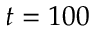
t = 1 0 0